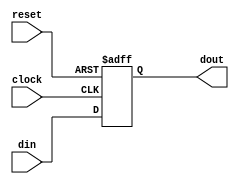
module DFF(clock, reset, din, dout); 
input clock, reset; 
input din; 
output dout; 
reg dout;
always @ (posedge clock or negedge reset) 
if (reset == 0) dout <= 0; 
else dout <= din; 
endmodule